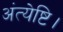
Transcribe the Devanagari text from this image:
अंत्येष्टि।